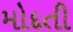
મોદતી